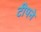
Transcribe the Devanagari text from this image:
टीपने